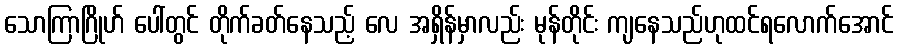
သောကြာဂြိုဟ် ပေါ်တွင် တိုက်ခတ်နေသည့် လေ အရှိန်မှာလည်း မုန်တိုင်း ကျနေသည်ဟုထင်ရလောက်အောင်